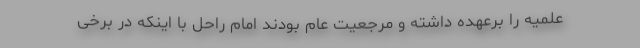
علمیه را برعهده داشته و مرجعیت عام بودند امام راحل با اینکه در برخی